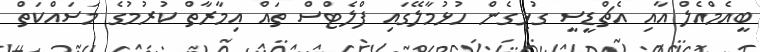
ބީއެމްއެލް އާއި އެޗްޑީސީ ގުޅިގެން ހުޅުމާލޭގައި ފްލެޓްސް ތައް އިމާރާތް ކުރުމުގެ މަސައްކަތް